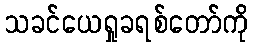
သခင်ယေရှုခရစ်တော်ကို